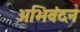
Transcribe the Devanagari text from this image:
अभिवंदन